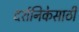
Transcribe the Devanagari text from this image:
दर्शनिकेसाठी